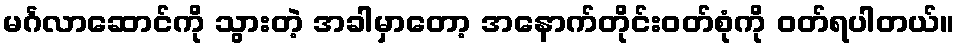
မင်္ဂလာဆောင်ကို သွားတဲ့ အခါမှာတော့ အနောက်တိုင်းဝတ်စုံကို ဝတ်ရပါတယ်။